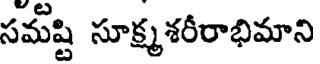
సమష్టి సూక్ష్మశరీరాభిమాని